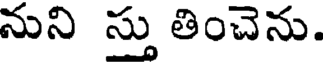
నుని స్తు తించెను.